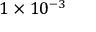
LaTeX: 1 \times 1 0 ^ { - 3 }